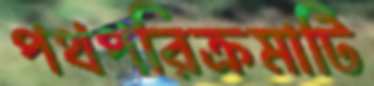
পথপরিক্রমাটি